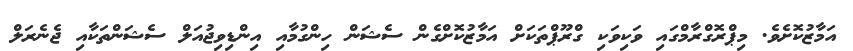
އަމާޒުކޮށެވެ. މިޕްރޮގްރާމްގައި ވަކިވަކި ގްރޫޕްތަކަށް އަމާޒުކޮށްގެން ސެޝަން ހިންގުމާއި އިންޑިވިޖުއަލް ސެޝަންތަކާއި ޖެނެރަލް